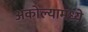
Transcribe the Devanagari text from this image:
अकोल्यामध्ये